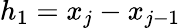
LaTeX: h_{1}=x_{j}-x_{j-1}